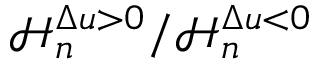
\mathcal { H } _ { n } ^ { \Delta u > 0 } / \mathcal { H } _ { n } ^ { \Delta u < 0 }